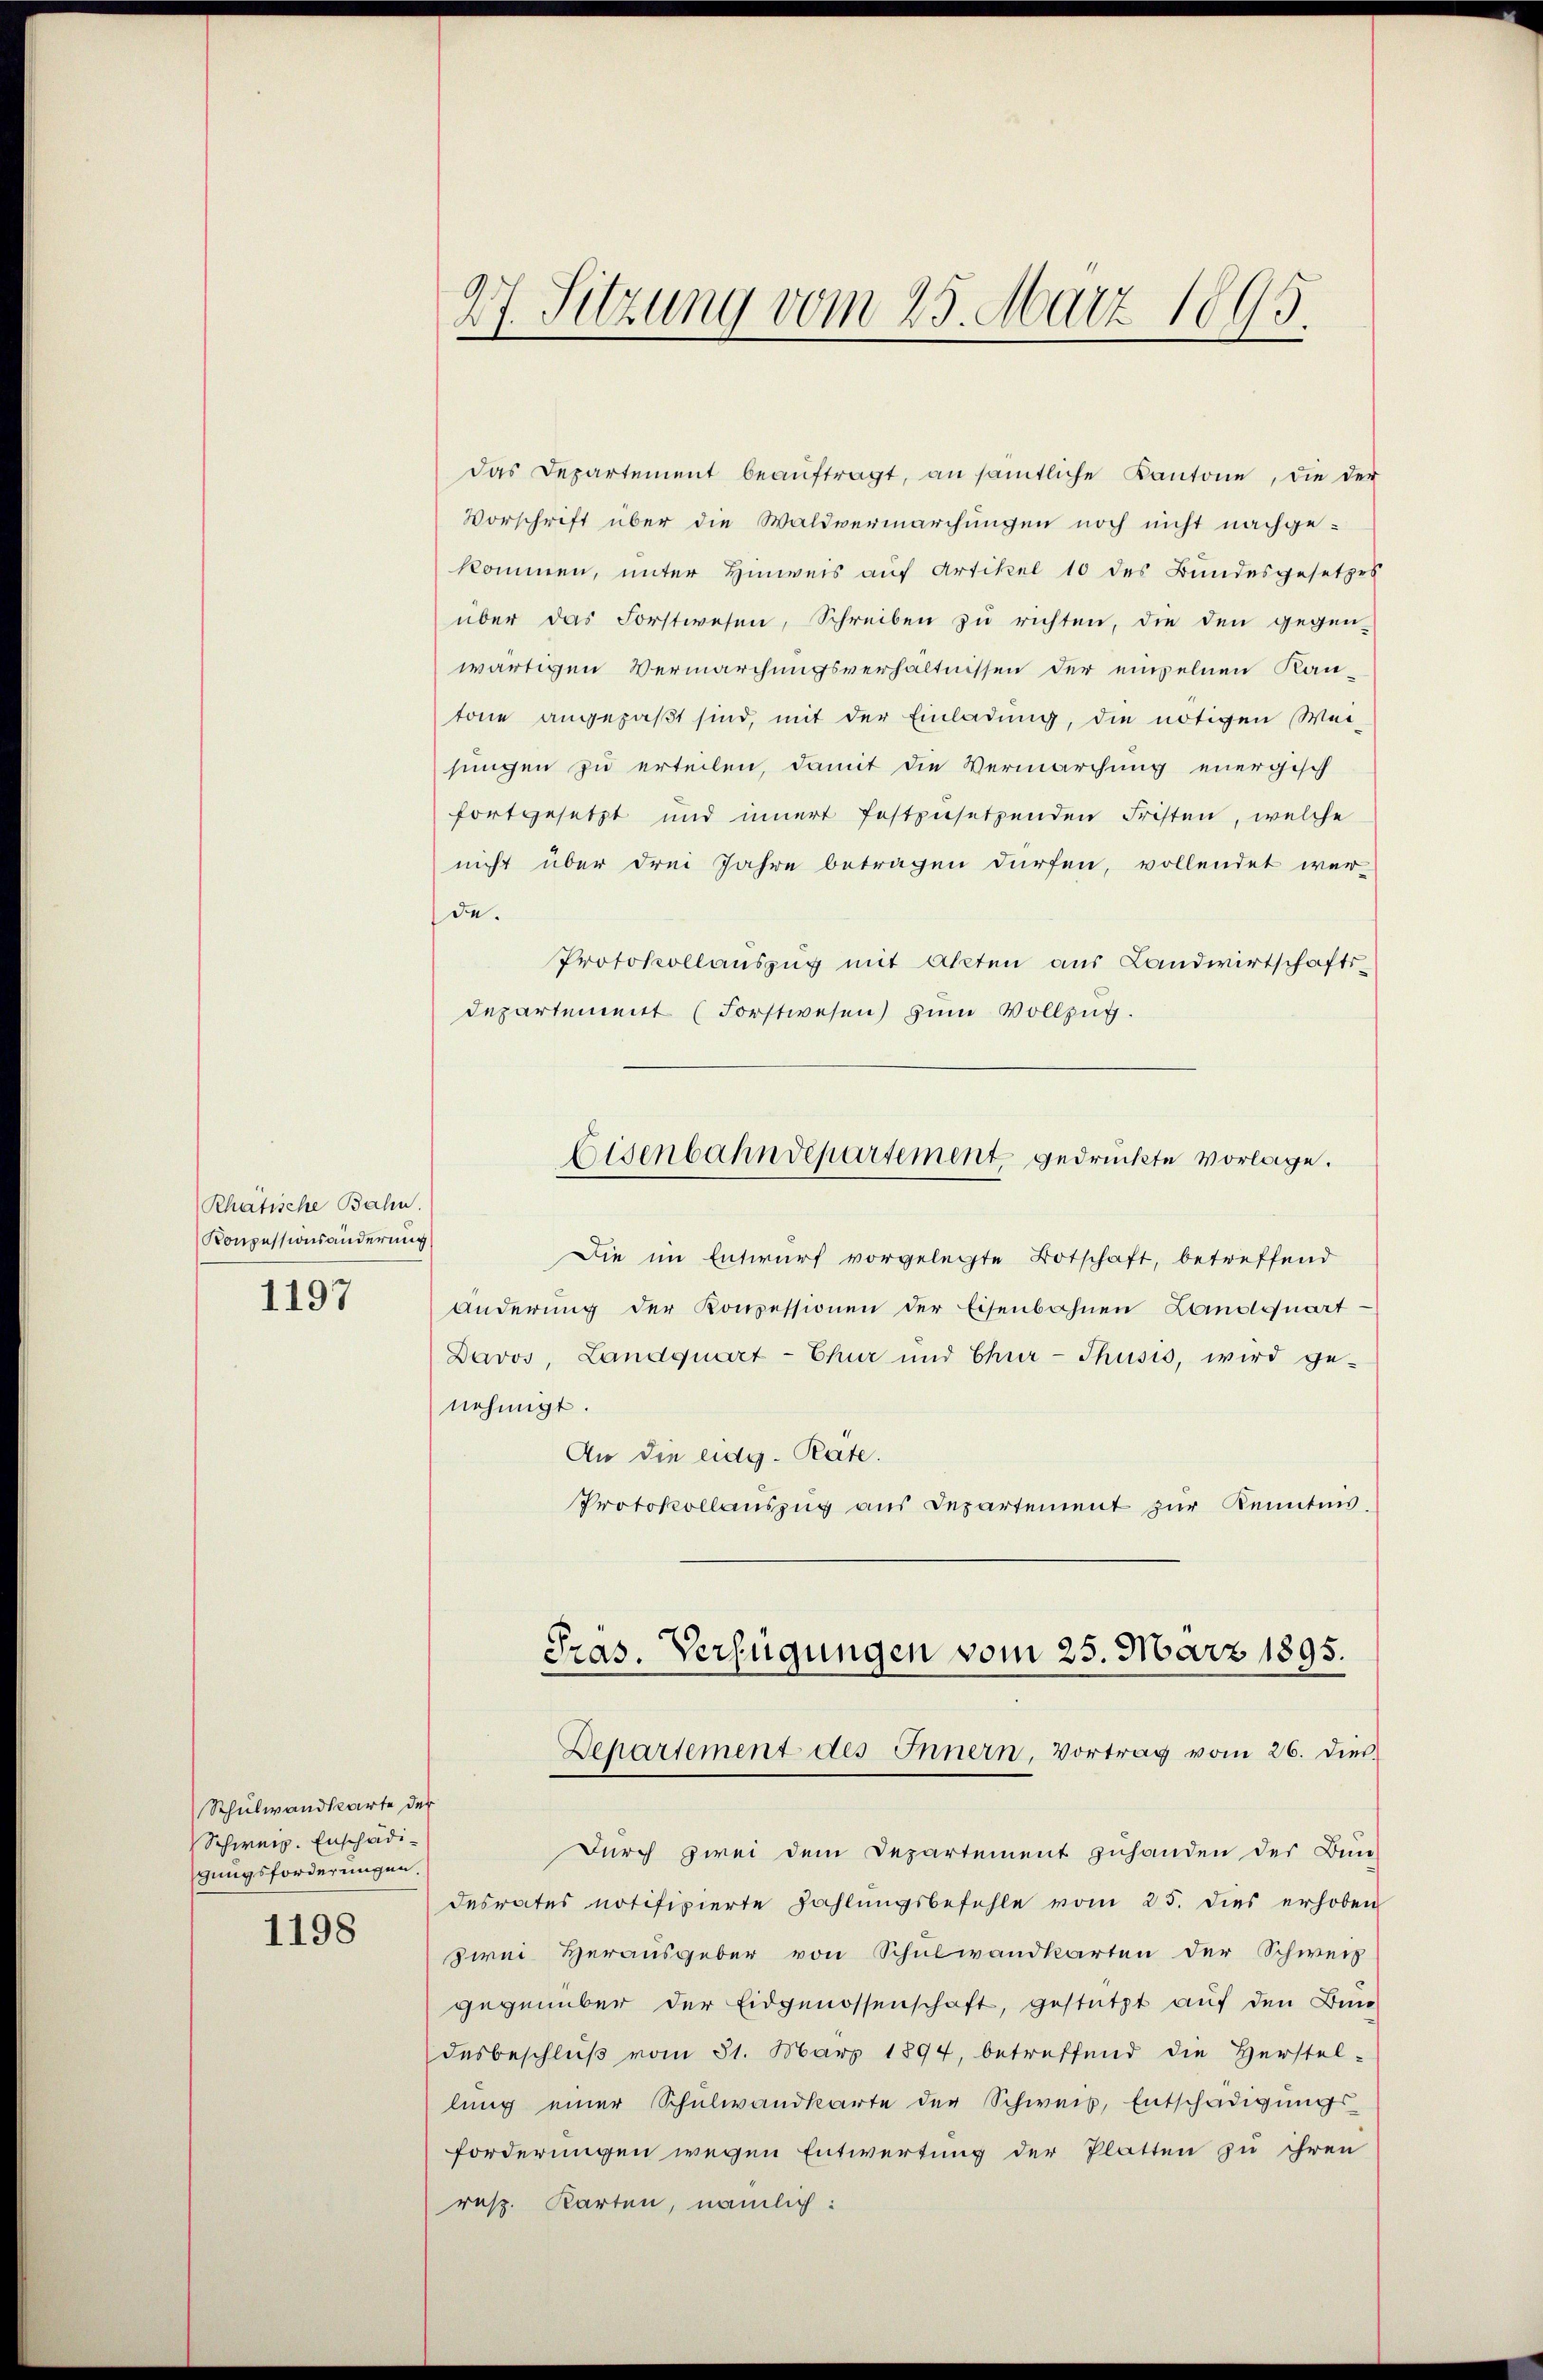
Rhätische Bahn.
Konpessionsänderung
1197

Schulwandkarte der
Schweiz. Enschädigungsforderungen.

1198

27. Sitzung vom 25. März 1895.

Das Departement beaŭftragt, an sämtliche Kantone, die der
Vorschrift über die Waldvermarchungen noch nicht nachgekommen, unter Hinweis auf Artikel 10 des Bundesgesetzes
über das Forstwesen, Schreiben zu richten, die den gegen-
wärtigen Vermarchungsverhältnissen der empelnen Kantone angepaßt sind, mit der Einladung, die nötigen Wei-
sungen zu erteilen, damit die Vermarchung energisch
fortgesetzt und innert festzusetzenden Fristen, welche
nicht über drei Jahre betragen dürfen, vollendet wer-
de.
Protokollauszug mit Akten aus Landwirtschaftsdepartement (Forstwesen) zum Vollzug.
Eisenbahndepartement gedruckte vorlage.
Die im Entwurf vorgelegte Botschaft, betreffend
Anderung der Konzessionen der Eisenbahnen Landquart
Davos, Landquart-Chur und Chur-Thusis, wird ge-
nehmigt.
An die eidg. Rate.
Protokollauszug aus Departement zur Kenntnis.

Pras. Verfügungen vom 25. März 1895.
Departement des Innern, Vortrag vom 26. Dies

Durch zwei dem Departement zuhanden der Bun-
desrates notifizierte Zahlungsbefehle vom 25. dies erhoben
zwei Herausgeber von Schulwandkarten der Schweiz
gegenüber der Eidgenossenschaft, gestützt auf den Bun-
desbeschluß vom 31. März 1894, betreffend die Herstel-
lung einer Schulwandkarte der Schweis, Entschädigungs-
forderungen wegen Entwertung der Platten zu ihren
resp. Karten, nämlich: